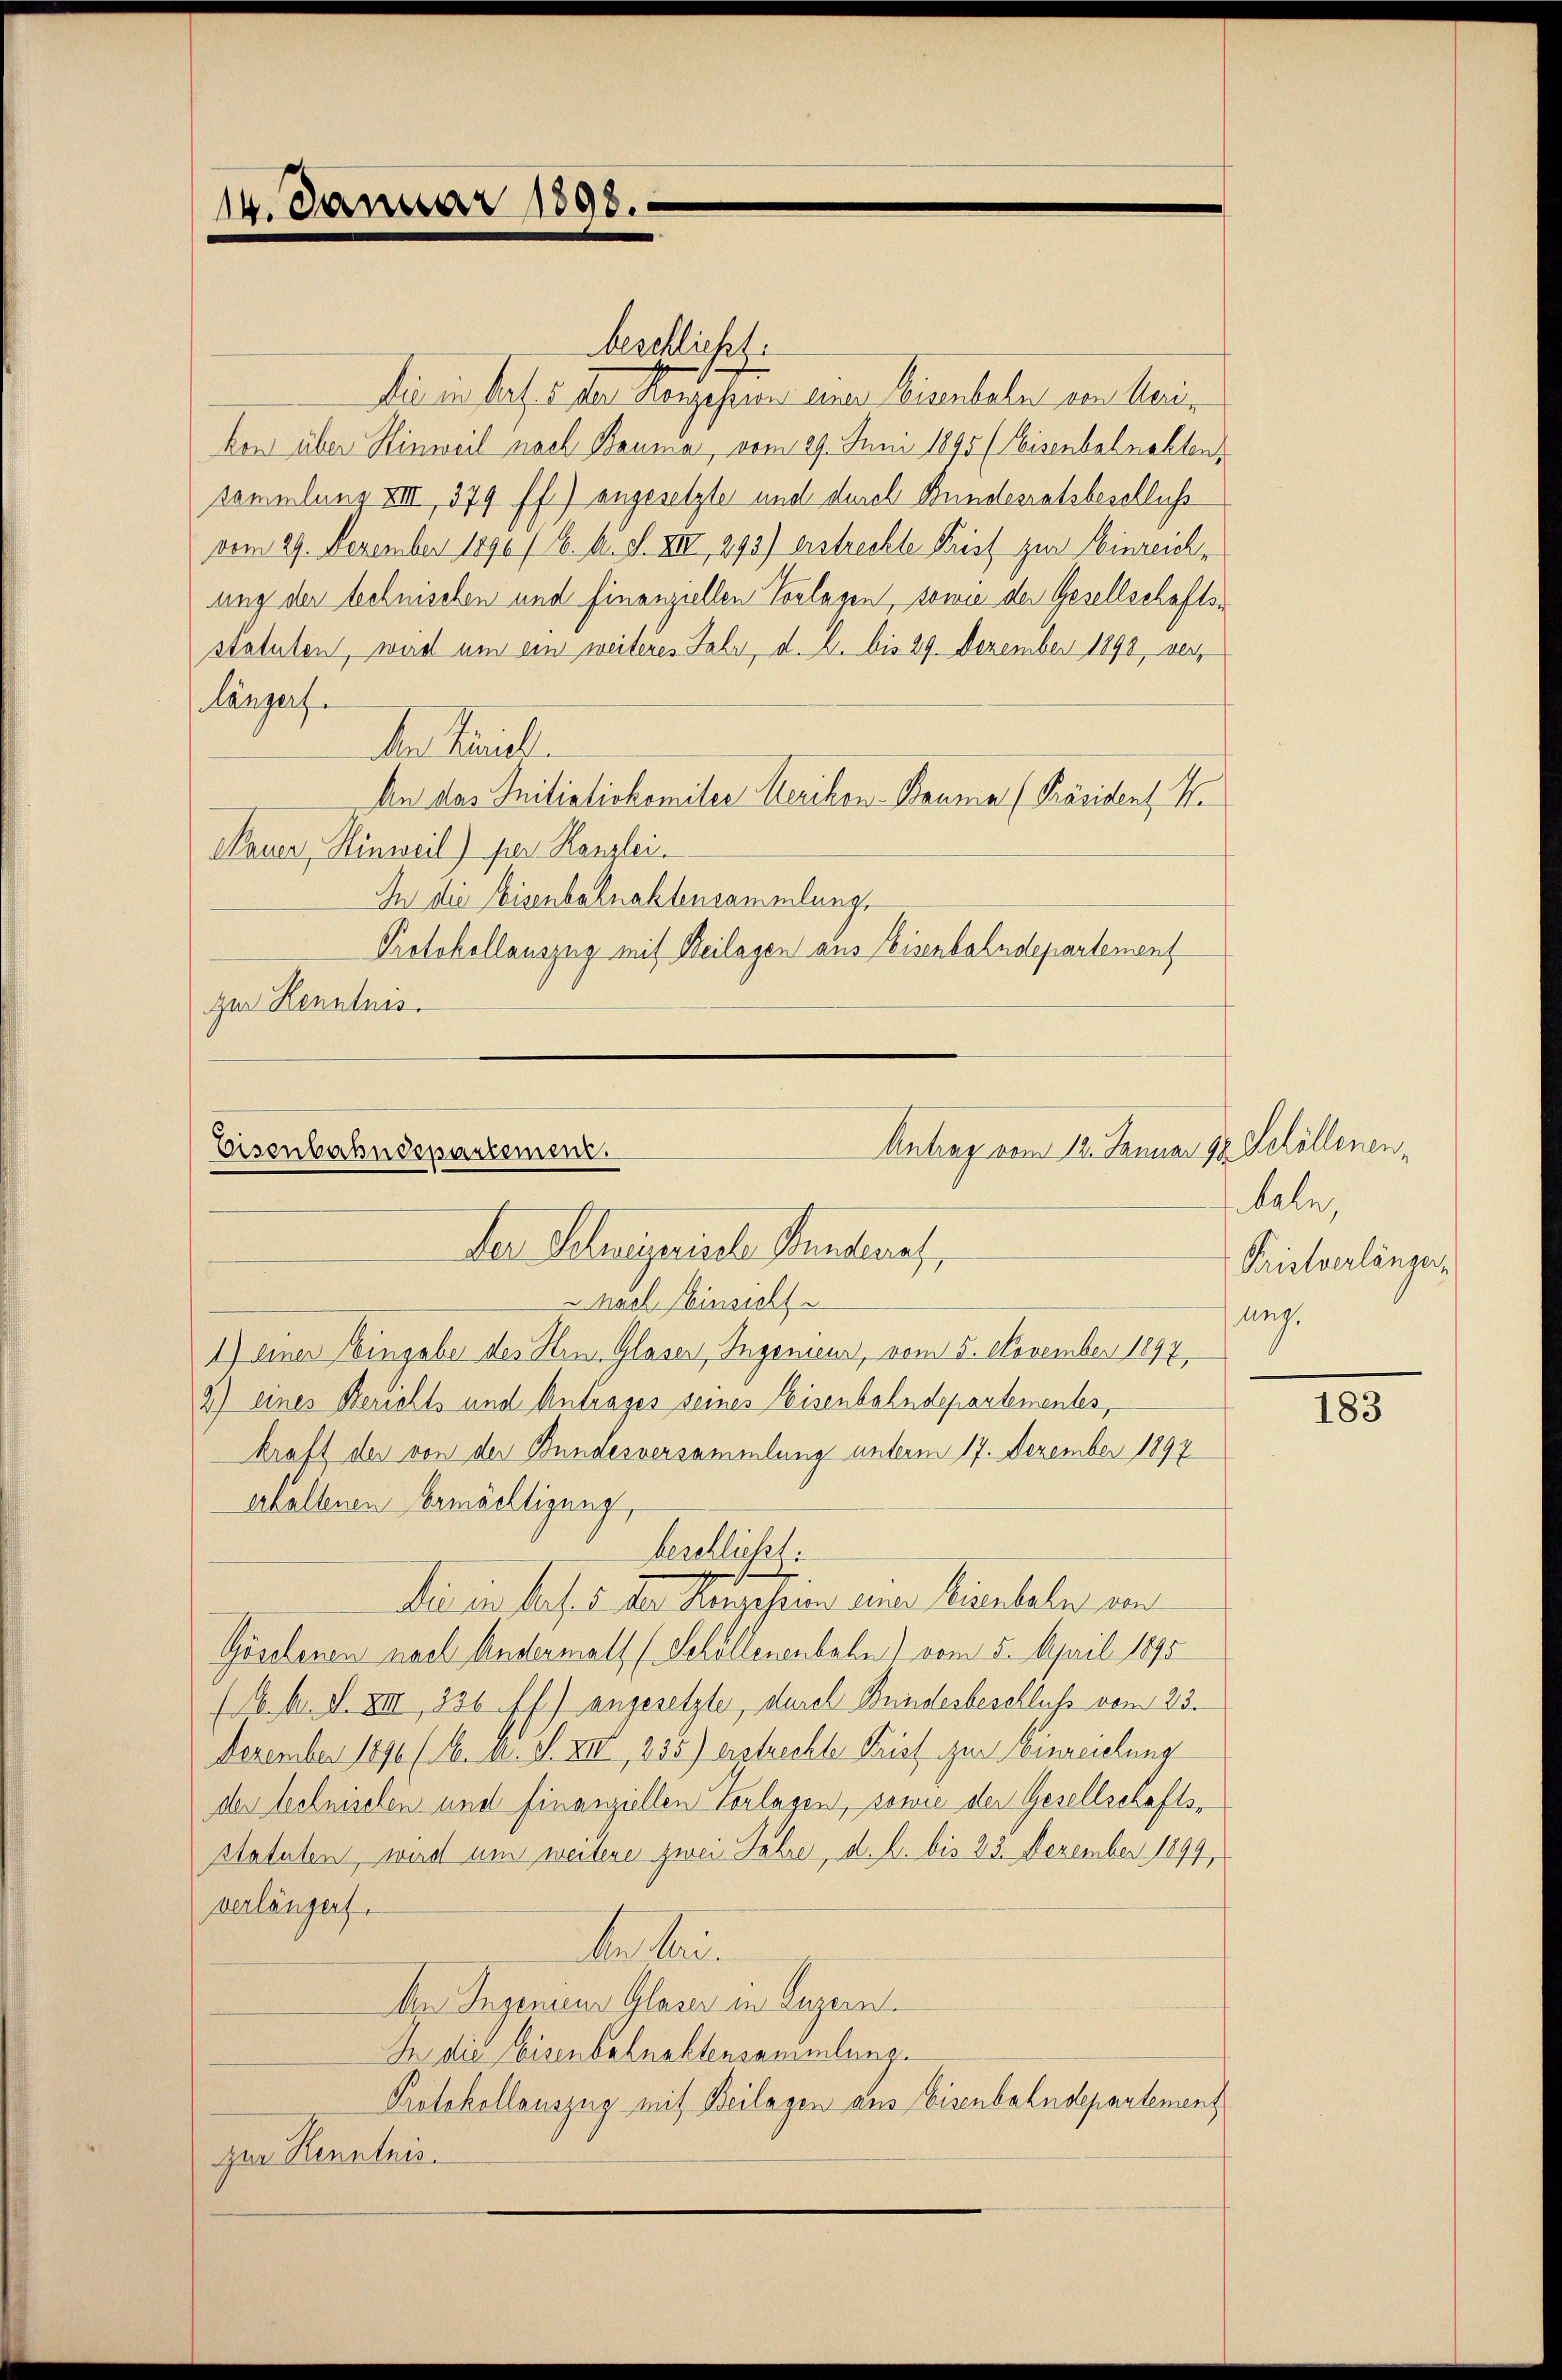
14. Januar 1898.

beschließt:
die in Prof. 5 der Hangesund einer Weisenbahn von Marie
kon über Hinweil nach Bauma, vom 29. Juni 1890 (Eisenbahnakten
sammlung XIII 379 ff.) angesetzte und durch Bundesratsbeschluß
vom 29. Dezember 1890 / k. k. F. XIII, 293) erstrechte Prist zur Einreichung der behnischen und finanziellen Vorlagen, sowie der Gesellschaften
statuten, wird um ein weiteres Jahr, d. 2. bis 29. Dezember 1890 ver
Längerf
Da Seriell.
An das Initiativkomiter Werikon - Bauma (Präsident. H.
Nauer, Hinweil) per Kanzlei.
In die Eisenbahnaktensammlung
Protokollauszug mit Beilagen aus Eisenbahndepartement
zur Kenntnis.

Eisenbahndepartement.
der Schweizerische Stundenes,
" nach Einsicht

1) einer Eingabe des Hrn. Glaser, Ingenieur, vom 5. November 1897
2) eines Berichts und Antrages seines Eisenbahndepartementes,
kraft der von der Bundesversammlung unterm 17. Dezember 1897
erhaltenen Ermächtigung,
beschließt:
t
7.
Die in Pers. 5 der Konzessin einer Kienteln von
Göselenen nach Andermals (Schollenenbahn vom 5. April 1890
(N. N. F. XIII 236 ff.) angesetzte, durch Bundesbeschluss vom 23.
Dezember 1890 (1. II. S. XIII, 235) erstrechte Parist zur Einreichung
der technischen und finanziellen Vorlagen, sowie der Gesellschaftsplatuten, wird um weitere zwei Jahre, d. 2. bis 22. Dezember 1894,
verlängert.
de bei
An Ingenieur Glaser in Luzern.
In die Eisenbahnaktensammlung.
Protokollauszug mit Beilagen aus Eisenbahndepartement
zur Kenntnis.

Antrag vom 12. Januar 18 Schöllonen¬

teln,
Kristverlänger,
ung.

183